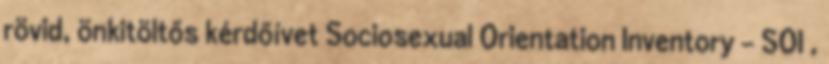
rövid, önkitöltős kérdőívet Sociosexual Orientation Inventory - SOI ,